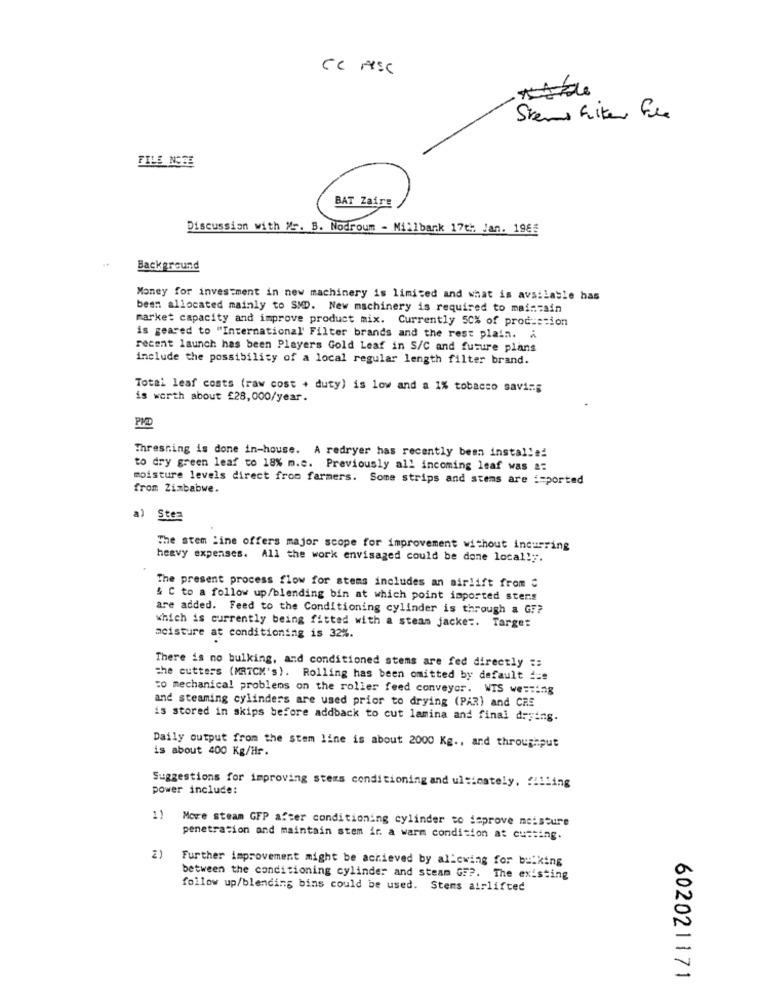
CC ASC
Stems Fiker Fle
FILE NOTE
BAT Zaire
Discussion with Vr. B. Nodroum - Millbank 17th. Jan. 1965
Background
Money for investment in new machinery is limited and what is available has
been allocated mainly to SMD. New machinery is required to maintain
market capacity and improve product mix. Currently 50% of production
is geared to "International' Filter brands and the rest plain. a
recent launch has been Players Gold Leaf in S/C and future plans
include the possibility of a local regular length filter brand.
Total leaf costs (raw cost + duty) is low and a 1% tobacco saving
is worth about £28,000/year.
PMD
Threshing is done in-house. A redryer has recently been installed
to dry green leaf to 18% m.c. Previously all incoming leaf was a:
moisture levels direct from farmers. Some strips and stems are imported
from Zimbabwe.
a) Ste=
The stem line offers major scope for improvement without incurring
heavy expenses. All the work envisaged could be done local!y.
The present process flow for stems includes an airlift from C
& C to a follow up/blending bin at which point imported sters
are added. Feed to the Conditioning cylinder is through a GF?
which is currently being fitted with a steam jacke :. Target
moisture at conditioning is 32%.
There is no bulking, and conditioned stems are fed directly ::
the cutters (MRTCM's). Rolling has been omitted by default ===
to mechanical problems on the roller feed conveyor. WIS westing
and steaming cylinders are used prior to drying (PAR) and CRE
is stored in skips before addback to cut lamina and final drying.
Daily output from the stem line is about 2000 Kg ., and throughput
is about 400 Kg/Hr.
power include:
Suggestions for improving stems conditioning and ultimately. filling
1)
Move steam GFP after conditioning cylinder to improve moisture
penetration and maintain stem ir a warm condition at cumting.
2)
Further improvement might be achieved by allowing for bulking
between the conditioning cylinder and steam GF ?. The existing
follow up/blending bins could be used. Stems airlifted
602021171